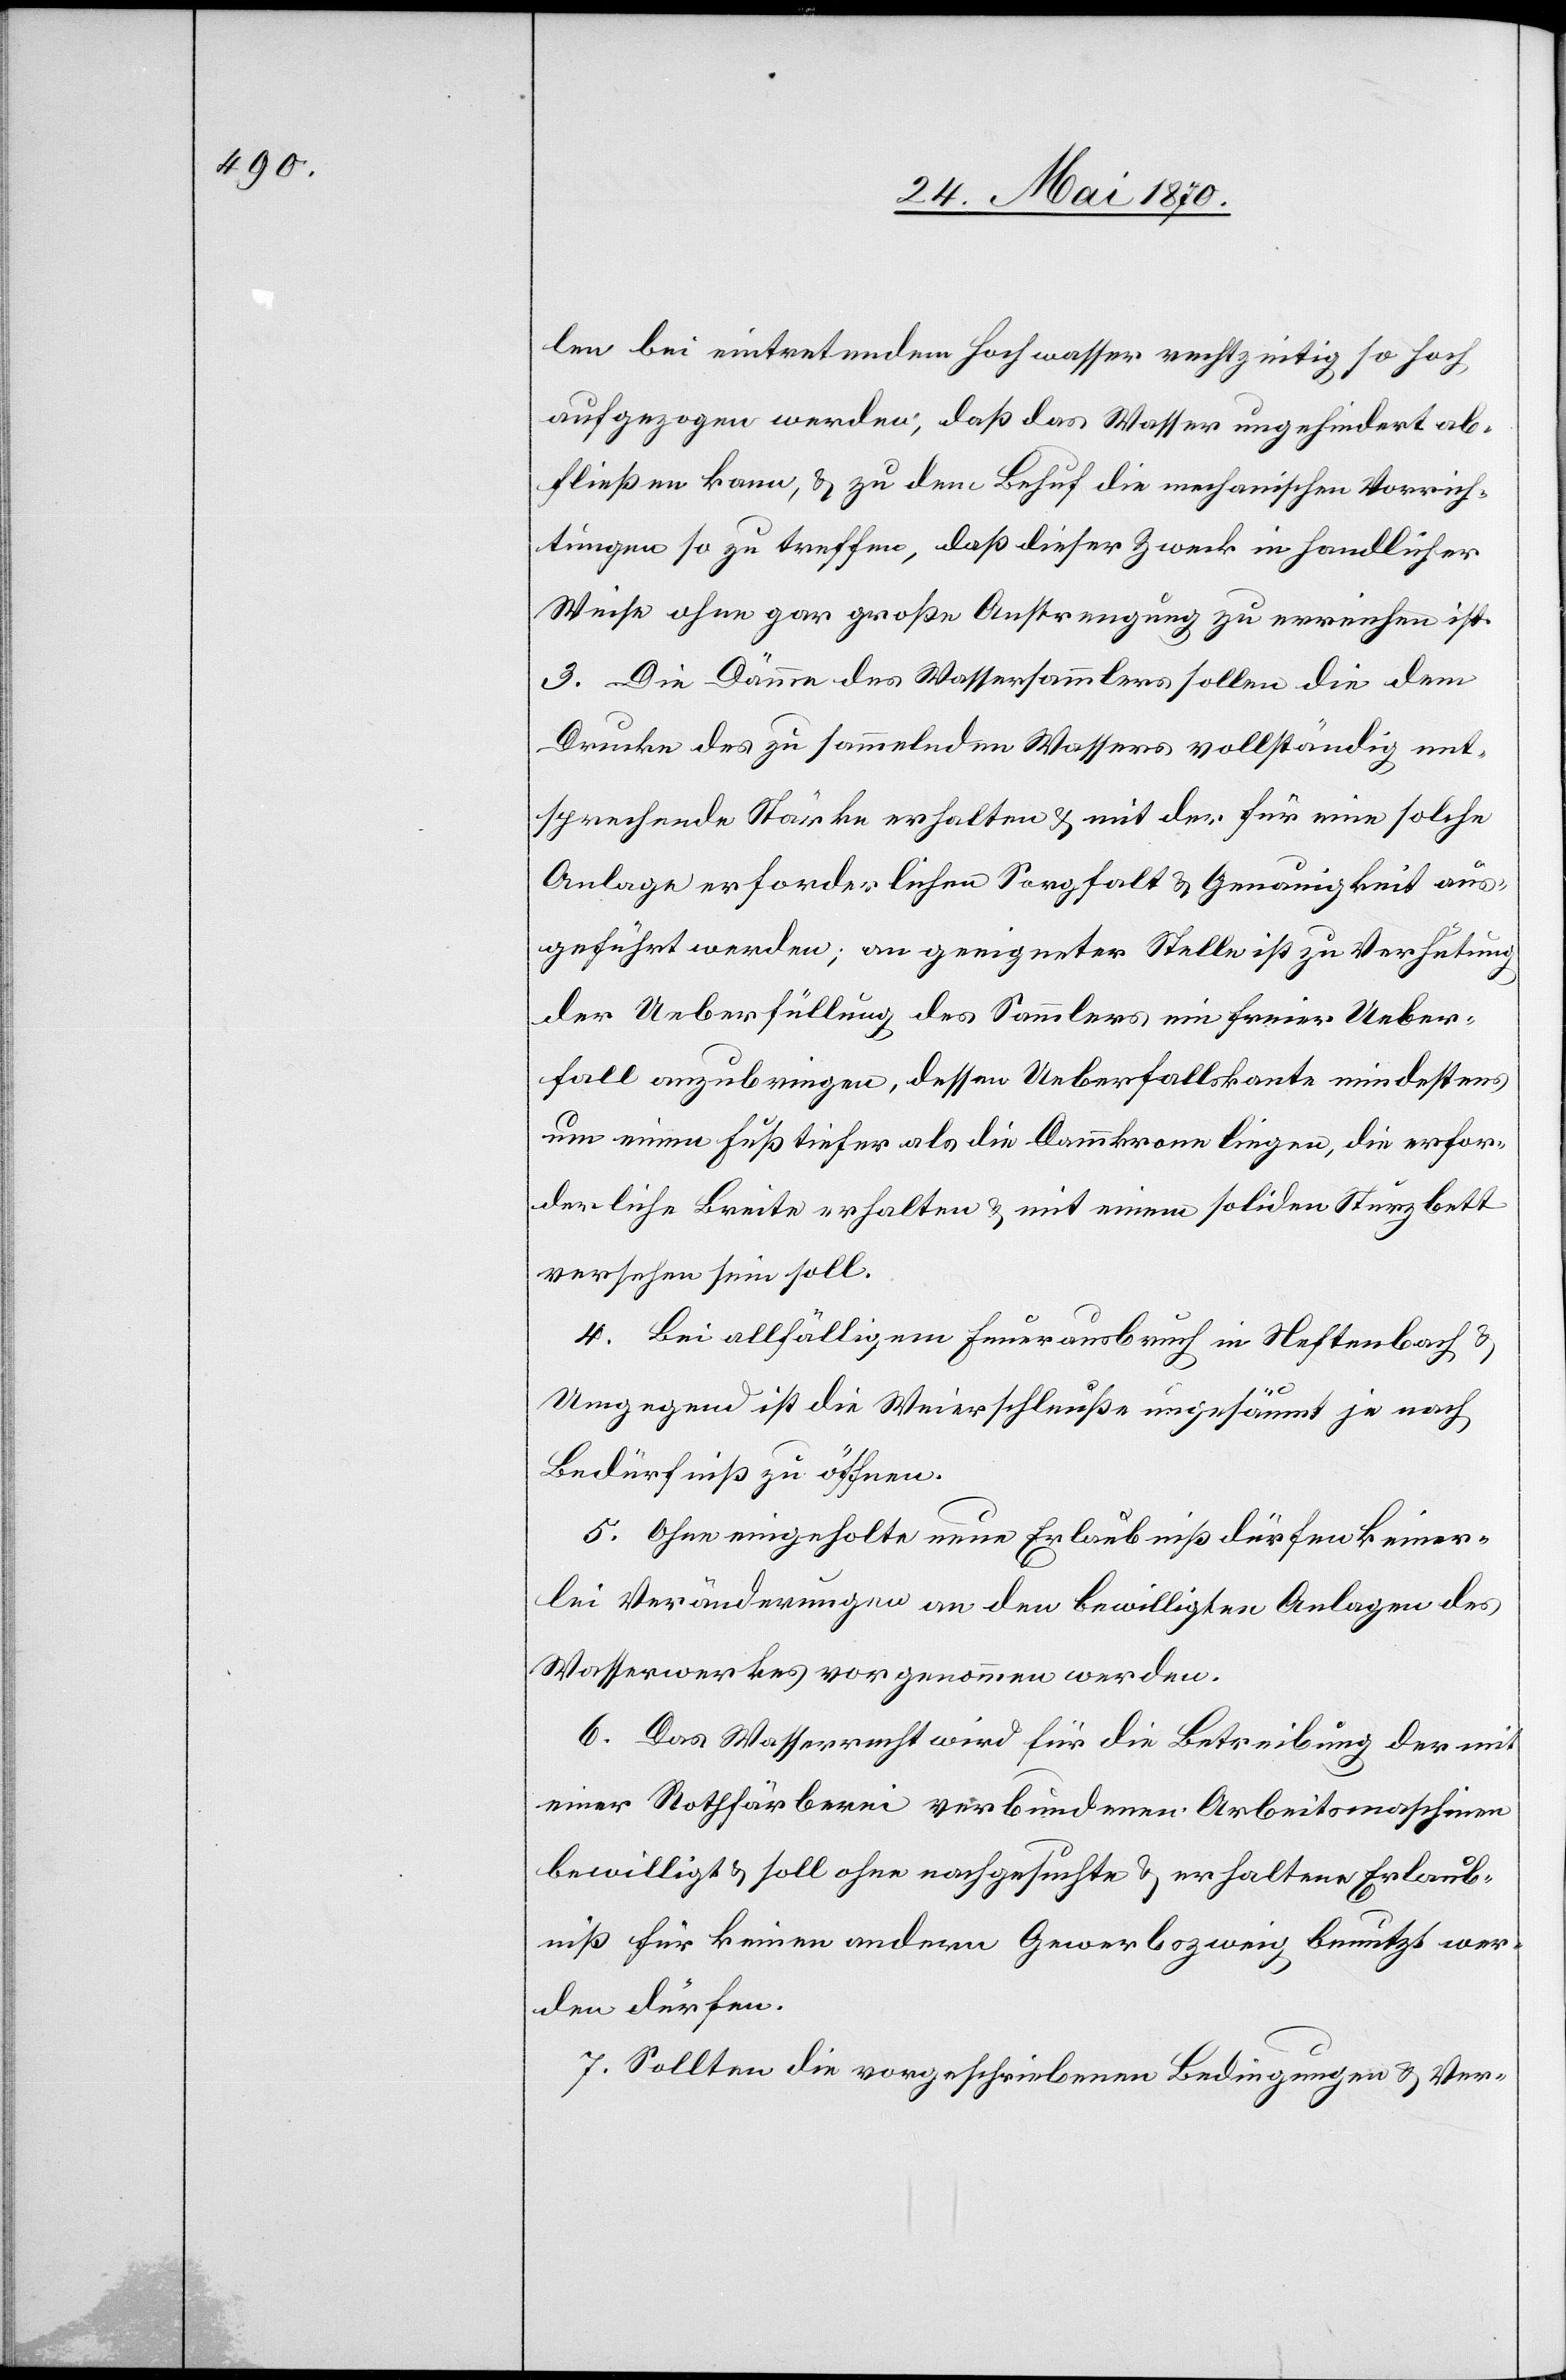
len bei eintretendem Hochwasser rechtzeitig so hoch
aufgezogen werden, daß das Wasser ungehindert ab¬
fließen kann, & zu dem Behuf die mechanischen Vorrich¬
tungen so zu treffen, daß dieser Zweck in handlicher
Weise ohne gar große Anstrengung zu erreichen ist.
3. Die Dämme des Wassersammlers sollen die dem
Drucke des zu sammelnden Wassers vollständig ent¬
sprechende Stärke erhalten & mit der für eine solche
Anlage erforderlichen Sorgfalt & Genauigkeit aus¬
geführt werden; an geeigneter Stelle ist zu Verhütung
der Ueberfüllung des Sammlers ein freier Ueber¬
fall anzubringen, dessen Ueberfallskante mindestens
um einen Fuß tiefer als die Dammkrone liegen, die erfor¬
derliche Breite erhalten & mit einem soliden Sturzbett
versehen sein soll.
4. Bei allfälligem Feuerausbruch in Neftenbach &
Umgegend ist die Weierschleuße ungesäumt je nach
Bedürfniß zu öffnen.
5. Ohne eingeholte neue Erlaubniß dürfen keiner¬
lei Veränderungen an den bewilligten Anlagen des
Wasserwerkes vorgenommen werden.
6. Das Wasserrecht wird für die Betreibung der mit
einer Rothfärberei verbundenen Arbeitsmaschinen
bewilligt & soll ohne nachgesuchte & erhaltene Erlaub¬
niß für keinen andern Gewerbszweig benutzt wer¬
den dürfen.
7. Sollten die vorgeschriebenen Bedingungen & Ver-